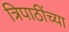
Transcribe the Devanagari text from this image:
त्रिपाठींच्या